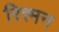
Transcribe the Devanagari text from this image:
रित्त्मन